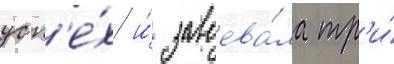
усп'е́х и́ завоева́ла тр'и́